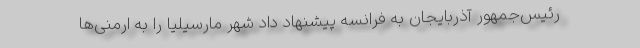
رئیس‌جمهور آذربایجان به فرانسه پیشنهاد داد شهر مارسیلیا را به ارمنی‌ها